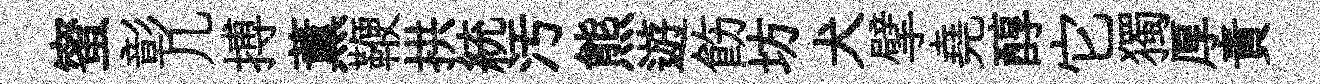
蜜彰几搏薫鞭拱統汚熊遊飭坊犬擘堯醇它獨厚責